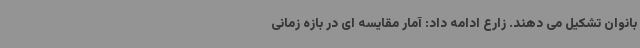
بانوان تشکیل می دهند. زارع ادامه داد: آمار مقایسه ای در بازه زمانی